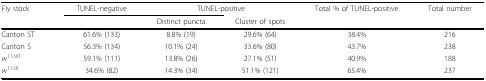
<table><thead><tr><td><b>Fly stock</b></td><td><b>TUNEL-negative</b></td><td colspan="2"><b>TUNEL-positive</b></td><td><b>Total % of TUNEL-positive</b></td><td><b>Total number</b></td></tr><tr><td></td><td></td><td><b>Distinct puncta</b></td><td><b>Cluster of spots</b></td><td></td><td></td></tr></thead><tbody><tr><td>Canton ST</td><td>61.6% (133)</td><td>8.8% (19)</td><td>29.6% (64)</td><td>38.4%</td><td>216</td></tr><tr><td>Canton S</td><td>56.3% (134)</td><td>10.1% (24)</td><td>33.6% (80)</td><td>43.7%</td><td>238</td></tr><tr><td><i>w<sup>1118</sup></i><sup>T</sup></td><td>59.1% (111)</td><td>13.8% (26)</td><td>27.1% (51)</td><td>40.9%</td><td>188</td></tr><tr><td><i>w<sup>1118</sup></i></td><td>34.6% (82)</td><td>14.3% (34)</td><td>51.1% (121)</td><td>65.4%</td><td>237</td></tr></tbody></table>